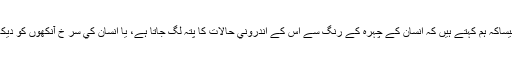
اس طرح كي تعبيريں ہمارے روز مرّہ كي گفتگو ميں ہوتي ہے جيساكہ ہم كہتے ہيں كہ انسان كے چہرہ كے رنگ سے اس كے اندروني حالات كا پتہ لگ جاتا ہے، يا انسان كي سر خ آنكھوں كو ديكھ كر اندازہ لگايا جاسكتا ہے كہ يہ شخص رات ميں نہيں سويا ہے۔